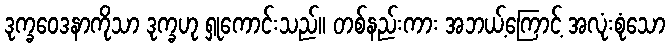
ဒုက္ခဝေဒနာကိုသာ ဒုက္ခဟု ရှုကောင်းသည်။ တစ်နည်းကား အဘယ့်ကြောင့် အလုံးစုံသော